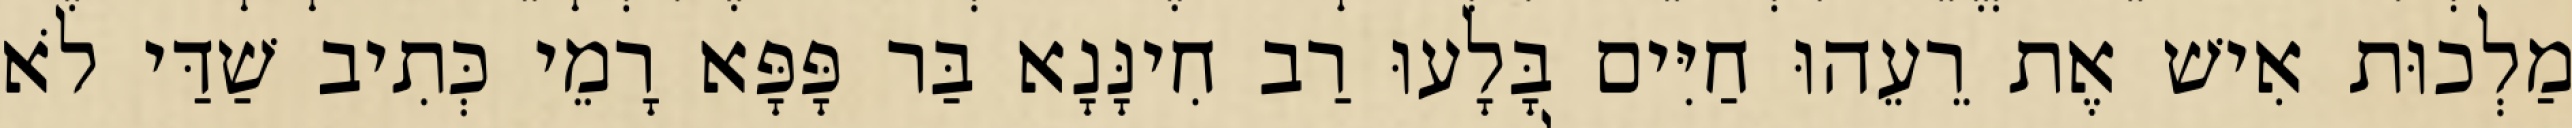
מַלְכוּת אִישׁ אֶת רֵעֵהוּ חַיִּים בָּלָעוּ רַב חִינָּנָא בַּר פָּפָּא רָמֵי כְּתִיב שַׁדַּי לֹא